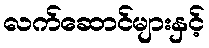
လက်ဆောင်များနှင့်